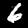
Label: 6